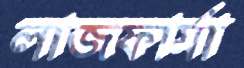
লাজফার্মা